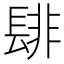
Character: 𮤁